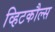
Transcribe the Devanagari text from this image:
व्हिटकौल्स